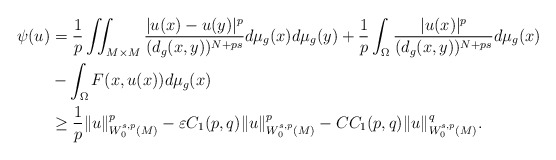
\begin{align*} \psi (u)&= \frac{1}{p} \iint_{M \times M}\frac{|u(x)-u(y)|^{p}}{(d_ g(x,y))^{N+ps}} d\mu _ g(x)d\mu_g(y) +\frac{1}{p} \int_{\Omega} \frac{|u(x)|^{p}}{(d_ g(x,y))^{N+ps}} d\mu _ g(x) \\ &- \int_{\Omega}F(x, u(x))d\mu _ g(x)\\ & \geq \frac{1}{p} \|u\|^p_{W_0^{s,p}(M)}- \varepsilon C_{1}(p,q)\|u\|^p_{W_0^{s,p}(M)}- C C_{1}(p,q)\|u\|^q_{W_0^{s,p}(M)}. \end{align*}